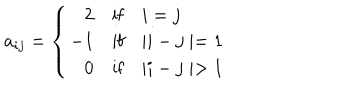
a _ { i j } = \left\{ \begin{array} { r l l } { { 2 } } & { { \mathrm { i f } } } & { { i = j } } \\ { { - 1 } } & { { \mathrm { i f } } } & { { \mid i - j \mid = 1 } } \\ { { 0 } } & { { \mathrm { i f } } } & { { \mid i - j \mid > 1 } } \\ \end{array} \right.